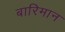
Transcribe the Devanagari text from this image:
बारिमान